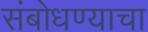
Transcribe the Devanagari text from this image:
संबोधण्याचा